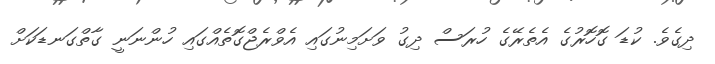
ދިގެވެ. ކުޑަ ގޮހޮރުގެ އެތެރޭގެ ހުރަސް ދިގު ވަށަމިނުގައި އެވްރެޖްގޮތެއްގައި ހުންނަނީ ގާތްގަނޑަކަށް